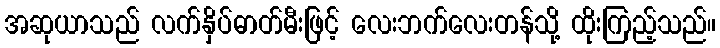
အဆုယာသည် လက်နှိပ်ဓာတ်မီးဖြင့် လေးဘက်လေးတန်သို့ ထိုးကြည့်သည်။